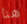
هنا